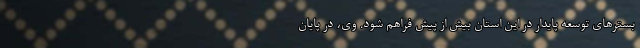
بسترهای توسعه پایدار در این استان بیش از پیش فراهم شود. وی، در پایان